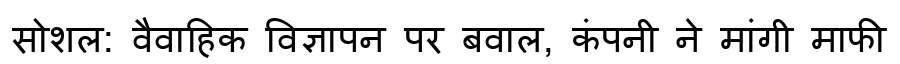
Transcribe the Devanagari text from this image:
सोशल: वैवाहिक विज्ञापन पर बवाल, कंपनी ने मांगी माफी